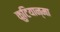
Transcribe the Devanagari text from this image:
कुटियान्मा